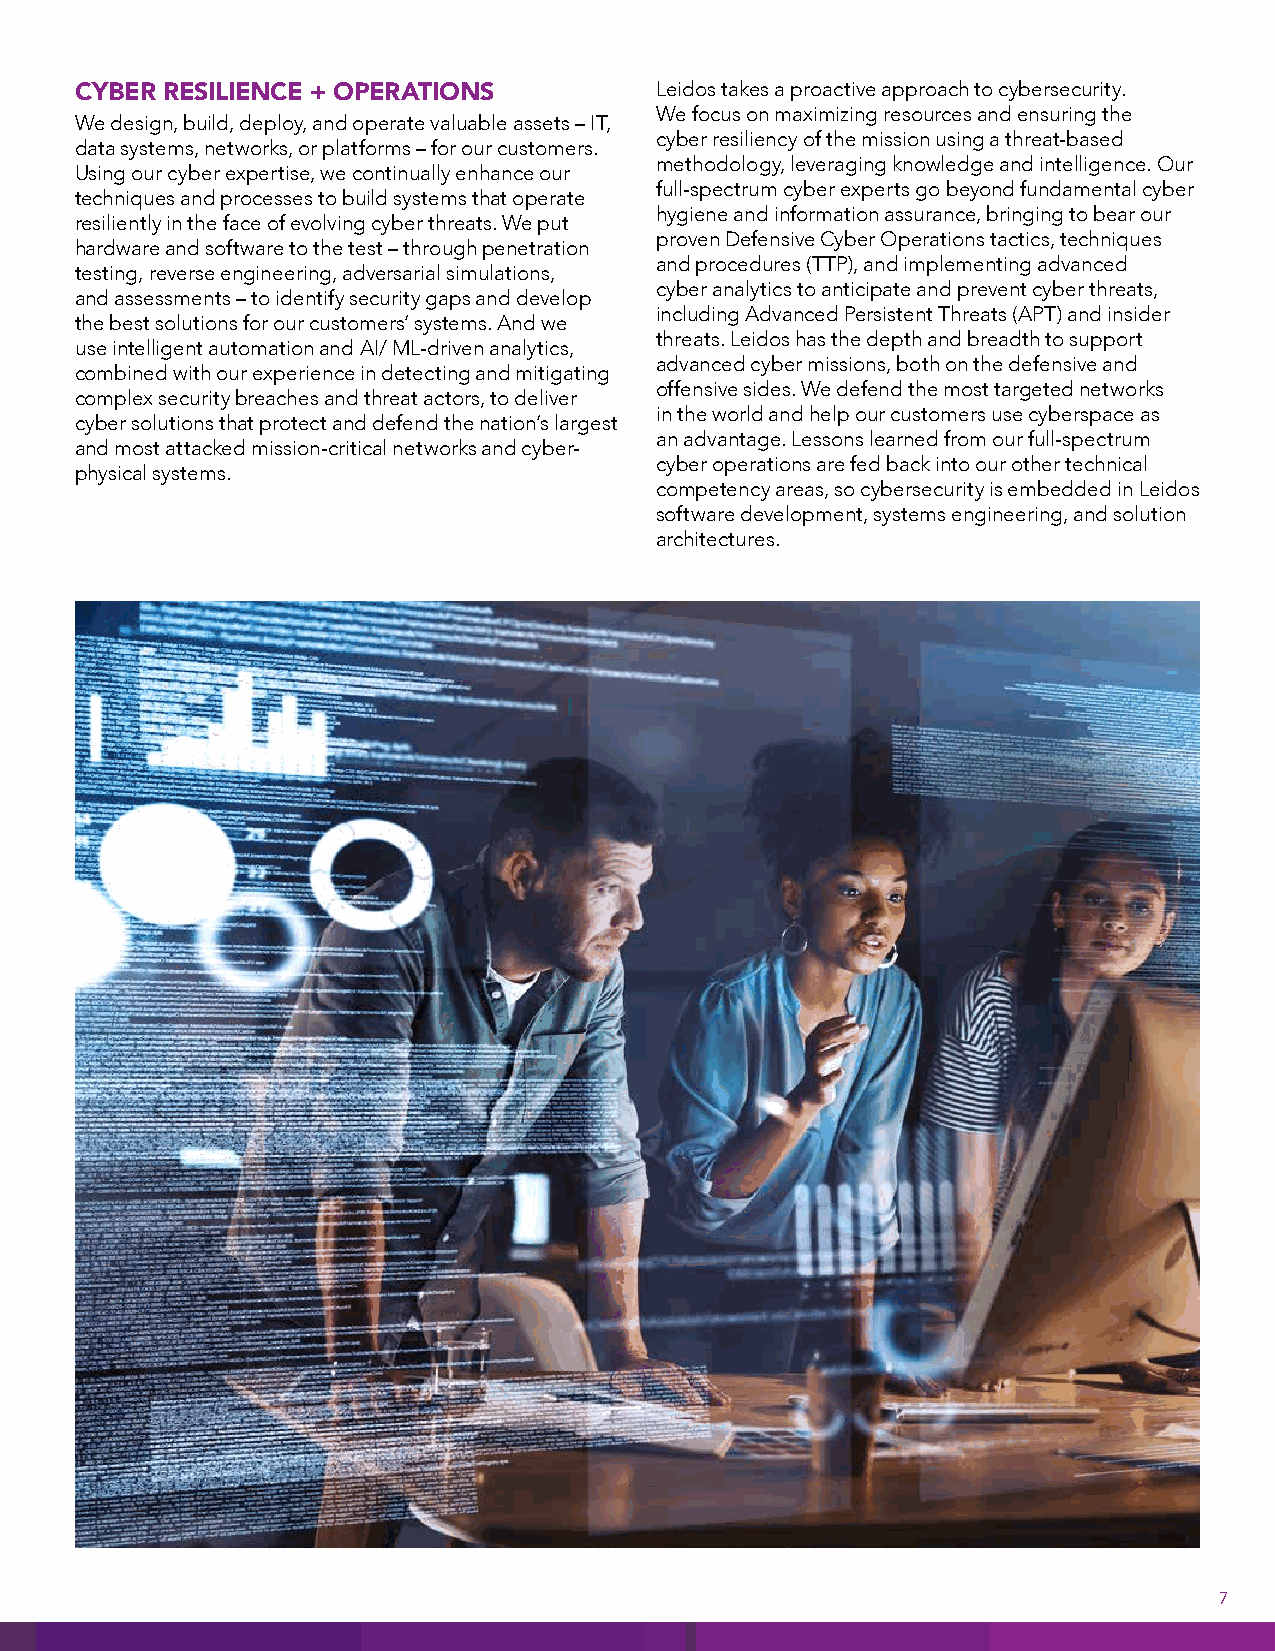
CYBER RESILIENCE + OPERATIONS         Leidos takes a proactive approach to cybersecurity.
 We focus on maximizing resources and ensuring the
 We design, build, deploy, and operate valuable assets – IT,
 cyber resiliency of the mission using a threat-based
 data systems, networks, or platforms – for our customers.
 methodology, leveraging knowledge and intelligence. Our
 Using our cyber expertise, we continually enhance our
 full-spectrum cyber experts go beyond fundamental cyber
 techniques and processes to build systems that operate
 hygiene and information assurance, bringing to bear our
 resiliently in the face of evolving cyber threats. We put
 proven Defensive Cyber Operations tactics, techniques
 hardware and software to the test – through penetration
 and procedures (TTP), and implementing advanced
 testing, reverse engineering, adversarial simulations,
 cyber analytics to anticipate and prevent cyber threats,
 and assessments – to identify security gaps and develop
 including Advanced Persistent Threats (APT) and insider
 the best solutions for our customers’ systems. And we
 threats. Leidos has the depth and breadth to support
 use intelligent automation and AI/ ML-driven analytics,
 advanced cyber missions, both on the defensive and
 combined with our experience in detecting and mitigating
 offensive sides. We defend the most targeted networks
 complex security breaches and threat actors, to deliver
 in the world and help our customers use cyberspace as
 cyber solutions that protect and defend the nation’s largest
 an advantage. Lessons learned from our full-spectrum
 and most attacked mission-critical networks and cyber-
 cyber operations are fed back into our other technical
 physical systems.
 competency areas, so cybersecurity is embedded in Leidos
 software development, systems engineering, and solution
 architectures.
 7